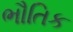
ભૌતિક